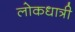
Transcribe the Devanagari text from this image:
लोकधात्री